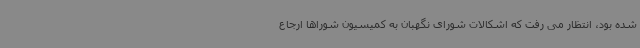
شده بود، انتظار می رفت که اشکالات شورای نگهبان به کمیسیون شوراها ارجاع